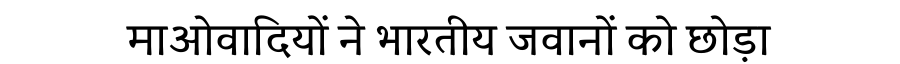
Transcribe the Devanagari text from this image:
माओवादियों ने भारतीय जवानों को छोड़ा